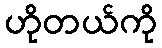
ဟိုတယ်ကို